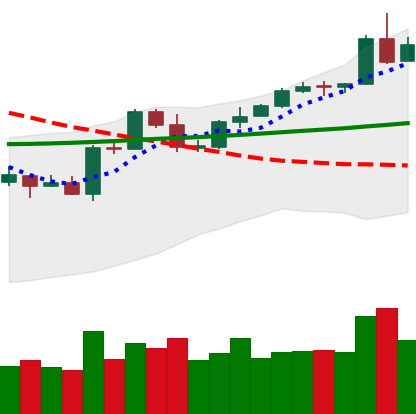
Ticker: ETH-USD
Chart end date: 2020-05-01
Forward return: -4.744%
Label: down_3_5